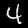
Digit: 4